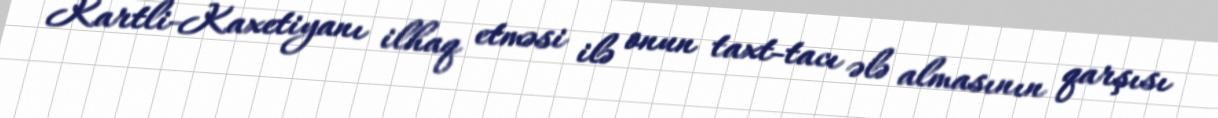
Kartli-Kaxetiyanı ilhaq etməsi ilə onun taxt-tacı ələ almasının qarşısı